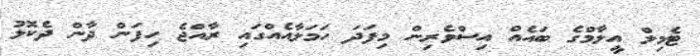
ޓެމިލް އީލާމްގެ ބައެއް އިސްވެރިން މިފަދަ ހަމަލާއެއްގައި ރާއްޖެ ހިފަން ދާން ދެކޮޅު